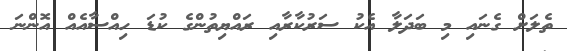
ތެލަށް ގެނައި މި ބަދަލާ އެކު ސަރުކާރާއި ރައްޔިތުންގެ ކުޑަ ހިއްސާއެއް އޮންނަ